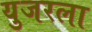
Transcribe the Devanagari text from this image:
युजरला